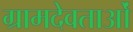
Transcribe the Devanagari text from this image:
ग्रामदेवताओं